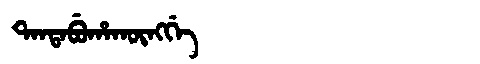
Manchu: ᡨᠠᠨᡨᠠᠪᡠᡥᠠᡴᡡᠩᡤᡝ
Romanization: TANTABUHAKŪNGGE